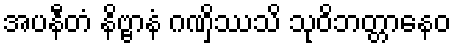
အပနီတံ နိဗ္ဗာနံ ဂဏှိဿသိ သုဝိဘတ္တာနေဝ